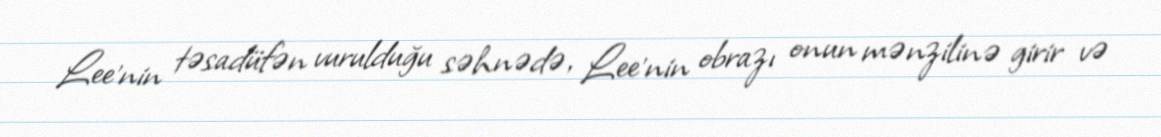
Lee'nin təsadüfən vurulduğu səhnədə, Lee'nin obrazı onun mənzilinə girir və